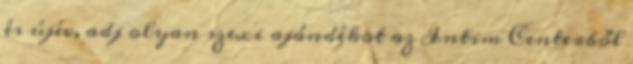
és újév, adj olyan szexi ajándékot az Intim Centerből